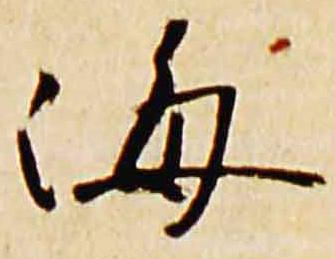
海